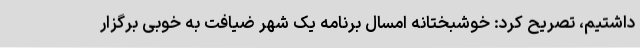
داشتیم، تصریح کرد: خوشبختانه امسال برنامه یک شهر ضیافت به خوبی برگزار